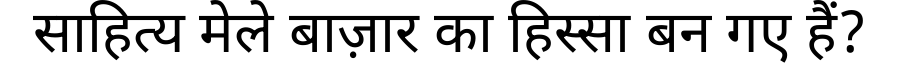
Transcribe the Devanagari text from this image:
साहित्य मेले बाज़ार का हिस्सा बन गए हैं?